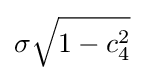
\sigma {\sqrt {1-c_{4}^{2}}}